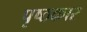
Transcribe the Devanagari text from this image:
पृष्ठकार